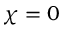
\chi = 0